Problem: 3 × 3 = ?
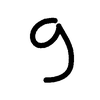
Handwritten answer: 9